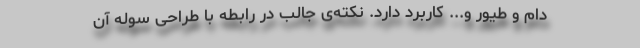
دام و طیور و... کاربرد دارد. نکته‌ی جالب در رابطه با طراحی سوله آن